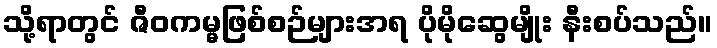
သို့ရာတွင် ဇီဝကမ္မဖြစ်စဉ်များအရ ပိုမိုဆွေမျိုး နီးစပ်သည်။